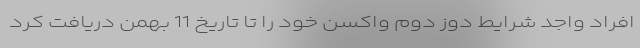
افراد واجد شرایط دوز دوم واکسن خود را تا تاریخ 11 بهمن دریافت کرد